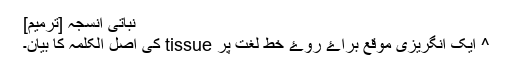
نباتی انسجہ [ترمیم]
^ ایک انگریزی موقع براۓ روۓ خط لغت پر tissue کی اصل الکلمہ کا بیان۔